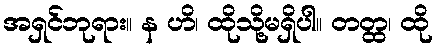
အရှင်ဘုရား။ န ဟိ၊ ထိုသို့မရှိပါ။ တတ္ထ၊ ထို